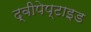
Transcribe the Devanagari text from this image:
द्वीपेप्टाइड